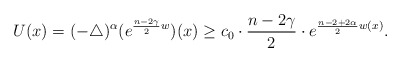
\begin{align*}U(x)=(-\triangle)^{\alpha}(e^{\frac{n-2\gamma}{2}w})(x)\geq c_0\cdot\frac{n-2\gamma}{2}\cdot e^{\frac{n-2+2\alpha}{2}w(x)}.\end{align*}